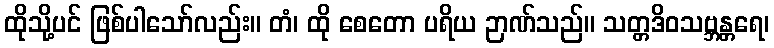
ထိုသို့ပင် ဖြစ်ပါသော်လည်း။ တံ၊ ထို စေတော ပရိယ ဉာဏ်သည်။ သတ္တဒိဝသဗ္ဘန္တရေ၊